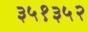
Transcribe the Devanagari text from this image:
३५१३५२